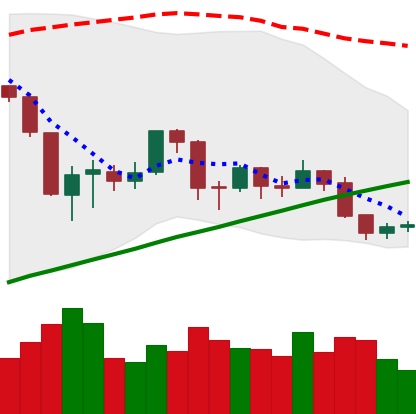
Ticker: BTC-USD
Chart end date: 2019-08-31
Forward return: 9.811%
Label: up_7plus